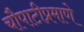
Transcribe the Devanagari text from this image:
चौपाटीप्रमाणे